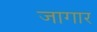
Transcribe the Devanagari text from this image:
जागार